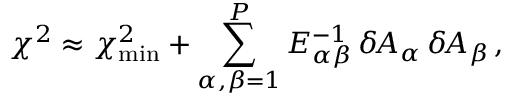
\chi ^ { 2 } \approx \chi _ { \mathrm { m i n } } ^ { 2 } + \sum _ { \alpha , \beta = 1 } ^ { P } E _ { \alpha \beta } ^ { - 1 } \, \delta \! A _ { \alpha } \, \delta \! A _ { \beta } \, ,